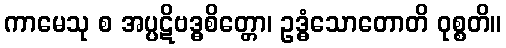
ကာမေသု စ အပ္ပဋိဗဒ္ဓစိတ္တော၊ ဥဒ္ဓံသောတောတိ ဝုစ္စတိ။